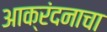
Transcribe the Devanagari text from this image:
आक्रंदनाचा